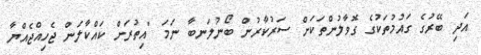
އަދި ބޭރުގެ ގައުމުތަކުގެ ގޮވާލުންތަކަށް ސަރުކާރުން ބޯނުލަނބާ ނަމަ "އިތުރަށް ކައްކާލަން ޖެހިއްޖެއްޔާ